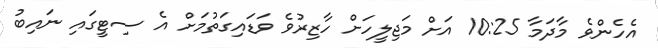
އެހެންވެ މާދަމާ 10:25 އަށް މަޖިލީހަށް ހާޒިރުވެ ވަޑައިގަތުމަށް އެ ސިޓީގައި ނައިބު